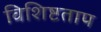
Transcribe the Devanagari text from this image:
विशिष्टताप